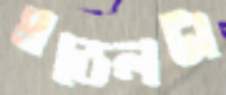
মডেলটা